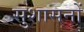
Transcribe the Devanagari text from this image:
सुशासनों